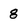
Character: 8